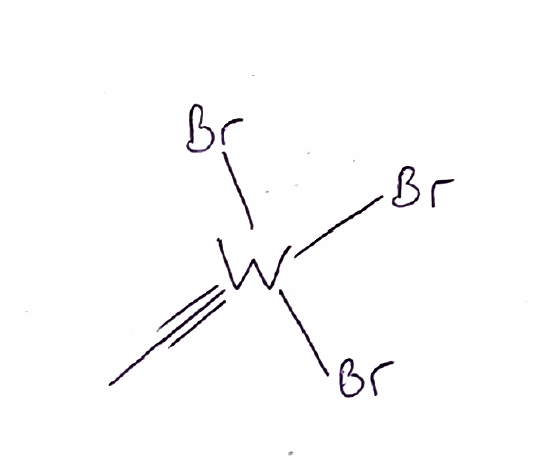
Simplified molecular-input line-entry system (SMILES) notation of the given molecule:
CC#[W](Br)(Br)Br